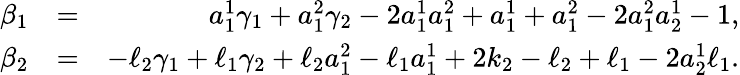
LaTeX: \begin{array}{rlr}{\beta_{1}}&{=}&{a_{1}^{1}\gamma_{1}+a_{1}^{2}\gamma_{2}-2a_{1}^{1}a_{1}^{2}+a_{1}^{1}+a_{1}^{2}-2a_{1}^{2}a_{2}^{1}-1,}\\ {\beta_{2}}&{=}&{-\ell_{2}\gamma_{1}+\ell_{1}\gamma_{2}+\ell_{2}a_{1}^{2}-\ell_{1}a_{1}^{1}+2k_{2}-\ell_{2}+\ell_{1}-2a_{2}^{1}\ell_{1}.}\end{array}